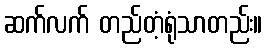
ဆက်လက် တည်တံ့ရုံသာတည်း။